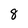
Character: 8